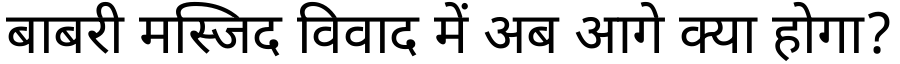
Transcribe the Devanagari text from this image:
बाबरी मस्जिद विवाद में अब आगे क्या होगा?